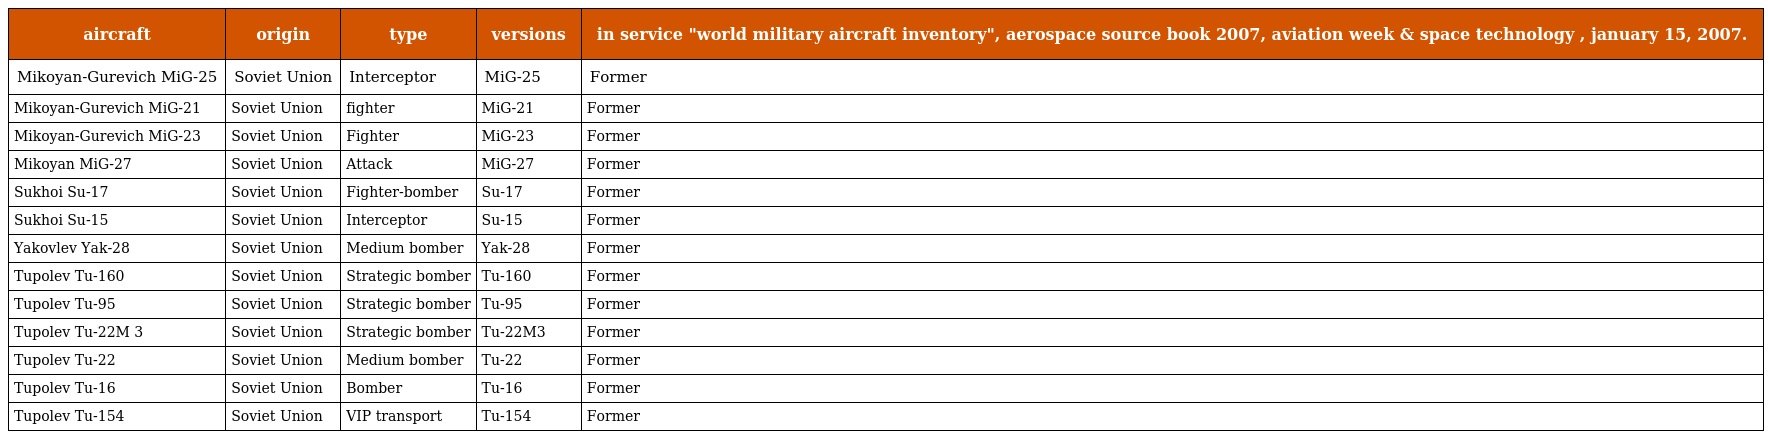
| aircraft | origin | type | versions | in service "world military aircraft inventory", aerospace source book 2007, aviation week & space technology , january 15, 2007. |
 | --- | --- | --- | --- | --- |
 | Mikoyan-Gurevich MiG-25 | Soviet Union | Interceptor | MiG-25 | Former |
 | Mikoyan-Gurevich MiG-21 | Soviet Union | fighter | MiG-21 | Former |
 | Mikoyan-Gurevich MiG-23 | Soviet Union | Fighter | MiG-23 | Former |
 | Mikoyan MiG-27 | Soviet Union | Attack | MiG-27 | Former |
 | Sukhoi Su-17 | Soviet Union | Fighter-bomber | Su-17 | Former |
 | Sukhoi Su-15 | Soviet Union | Interceptor | Su-15 | Former |
 | Yakovlev Yak-28 | Soviet Union | Medium bomber | Yak-28 | Former |
 | Tupolev Tu-160 | Soviet Union | Strategic bomber | Tu-160 | Former |
 | Tupolev Tu-95 | Soviet Union | Strategic bomber | Tu-95 | Former |
 | Tupolev Tu-22M 3 | Soviet Union | Strategic bomber | Tu-22M3 | Former |
 | Tupolev Tu-22 | Soviet Union | Medium bomber | Tu-22 | Former |
 | Tupolev Tu-16 | Soviet Union | Bomber | Tu-16 | Former |
 | Tupolev Tu-154 | Soviet Union | VIP transport | Tu-154 | Former |